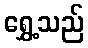
ရွှေ့သည်